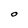
Character: O